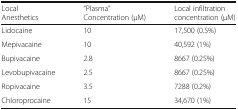
<table><thead><tr><td><b>Local Anesthetics</b></td><td><b>“Plasma” Concentration (μM)</b></td><td><b>Local infiltration concentration (μM)</b></td></tr></thead><tbody><tr><td>Lidocaine</td><td>10</td><td>17,500 (0.5%)</td></tr><tr><td>Mepivacaine</td><td>10</td><td>40,592 (1%)</td></tr><tr><td>Bupivacaine</td><td>2.8</td><td>8667 (0.25%)</td></tr><tr><td>Levobupivacaine</td><td>2.5</td><td>8667 (0.25%)</td></tr><tr><td>Ropivacaine</td><td>3.5</td><td>7288 (0.2%)</td></tr><tr><td>Chloroprocaine</td><td>15</td><td>34,670 (1%)</td></tr></tbody></table>